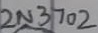
Text: 2N3702